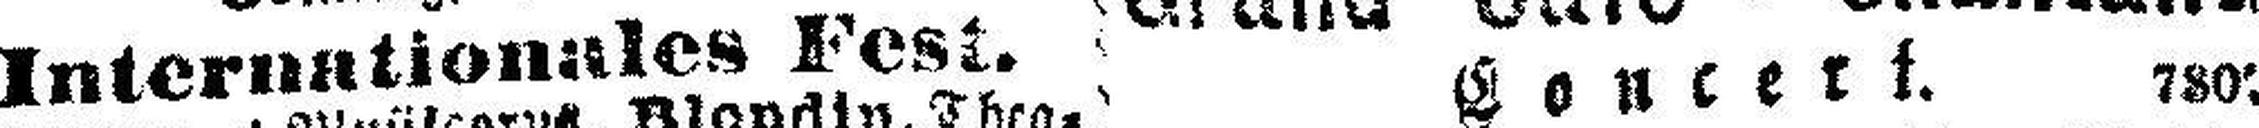
Internationales Fest.